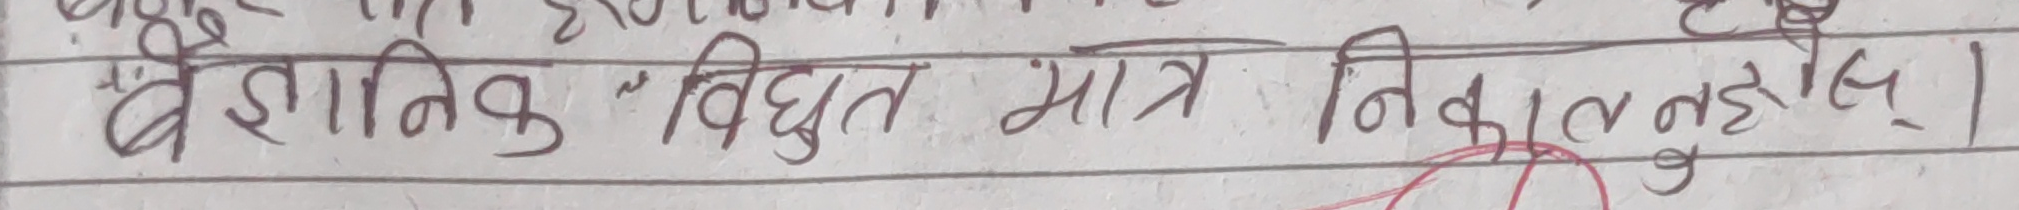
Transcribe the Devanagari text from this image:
वैज्ञानिक 'विद्युत मात्र निकाल्नेछु।